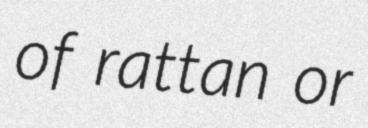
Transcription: of rattan or